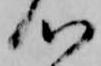
心